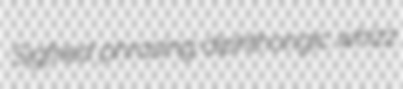
Sigfried phrasing diphthongic whizz